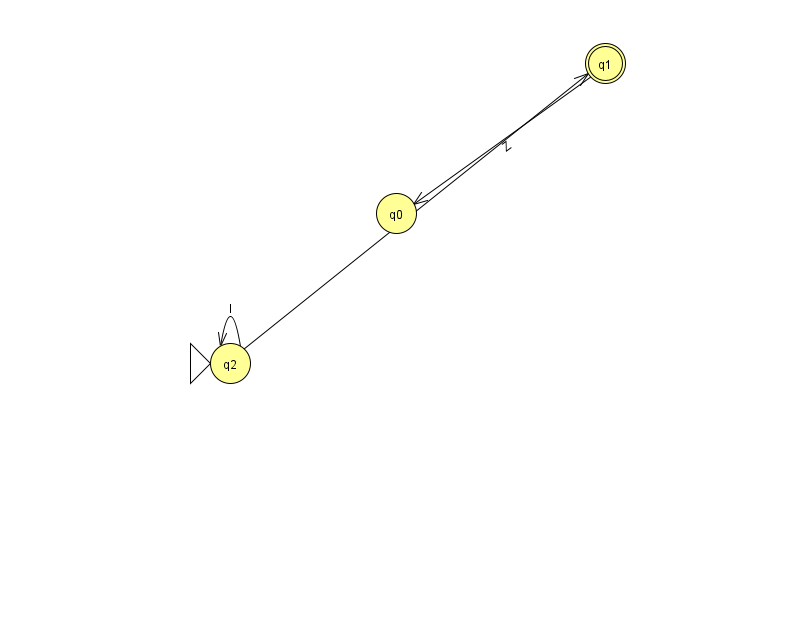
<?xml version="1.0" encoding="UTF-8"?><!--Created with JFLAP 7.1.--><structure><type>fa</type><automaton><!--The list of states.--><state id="0" name="q0"><x>396.0</x><y>200.0</y></state><state id="1" name="q1"><x>605.0</x><y>50.0</y><final/></state><state id="2" name="q2"><x>230.0</x><y>350.0</y><initial/></state><!--The list of transitions.--><transition><from>2</from><to>2</to><read>I</read></transition><transition><from>1</from><to>0</to><read>Z</read></transition><transition><from>2</from><to>1</to><read>z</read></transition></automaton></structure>